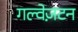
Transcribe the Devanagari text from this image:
गल्वेज़टन